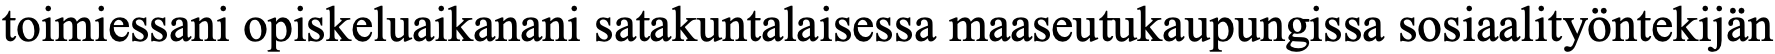
toimiessani opiskeluaikanani satakuntalaisessa maaseutukaupungissa sosiaalityöntekijän